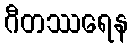
ဂီတဿရေန